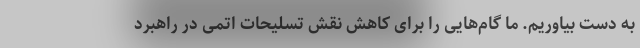
به دست بیاوریم. ما گام‌هایی را برای کاهش نقش تسلیحات اتمی در راهبرد